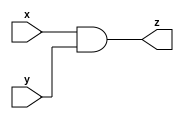
module and2 (
    input x,
    input y,
    output z
);
    assign z = x&y;
endmodule